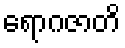
ရောဂဇာတိ